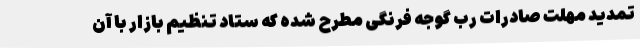
تمدید مهلت صادرات رب گوجه فرنگی مطرح شده که ستاد تنظیم بازار با آن